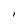
Character: l